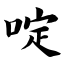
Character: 啶